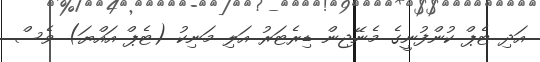
އަދި ޓެޕް ކުންފުނީގެ މެނޭޖިން ޑިރެޓަރު އަލި މަނިކު (ޓެޕް އައްޔަ) ވެސް